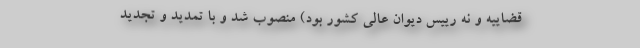
قضاییه و نه رییس دیوان عالی کشور بود) منصوب شد و با تمدید و تجدید